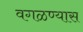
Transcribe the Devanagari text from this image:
वगळण्यास